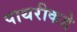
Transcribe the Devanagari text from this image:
पाथरीकडे